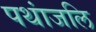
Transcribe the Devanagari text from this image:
पथांजलि